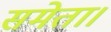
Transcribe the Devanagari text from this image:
समेता।